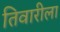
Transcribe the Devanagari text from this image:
तिवारीला